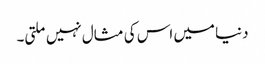
دنیا میں اس کی مثال نہیں ملتی۔